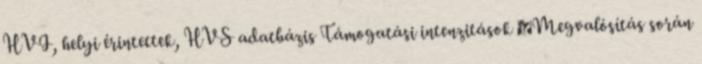
HVI, helyi érintettek, HVS adatbázis Támogatási intenzitások ▪Megvalósítás során